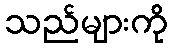
သည်များကို